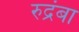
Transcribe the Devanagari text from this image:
रुद्रंबा